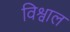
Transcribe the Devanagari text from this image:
विश्वाल